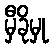
မှီခိုမှု